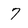
Character: 7